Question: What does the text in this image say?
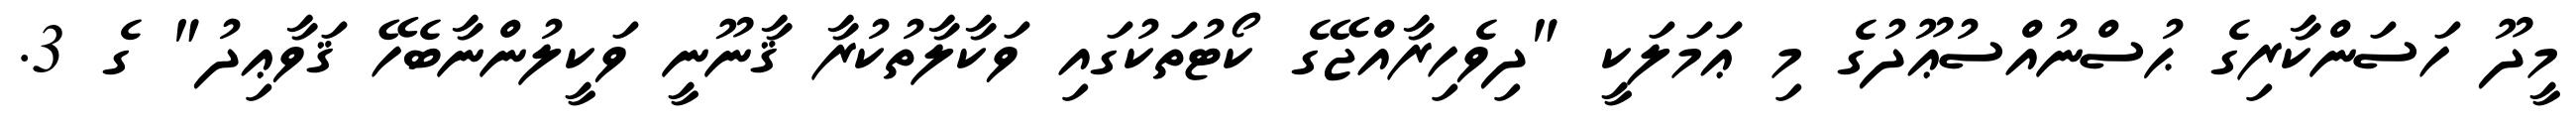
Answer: މީދޫ ހަސަންކާރިގެ ޙުސްނުއްސުޢޫދުގެ މި ޢަމަލަކީ "ދިވެހިރާއްޖޭގެ ކޯޓުތަކުގައި ވަކާލާތުކުރާ ޤާނޫނީ ވަކީލުންނާބެހޭ ޤަވާޢިދު" ގެ 3.